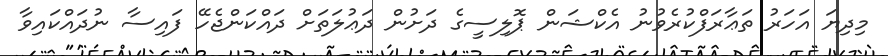
މިދިޔަ އަހަރު ތަޢާރަފްކުރެވުނު އެކްޝަން ޕޮލިސީގެ ދަށުން ދަޢުލަތަށް ދައްކަންޖެހޭ ފައިސާ ނުދައްކައިވާ